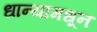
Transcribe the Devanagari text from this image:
धान्यामधून